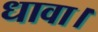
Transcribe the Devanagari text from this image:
धावा।